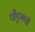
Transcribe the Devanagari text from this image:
पीएमपी